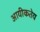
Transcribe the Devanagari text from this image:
आयीकतेय